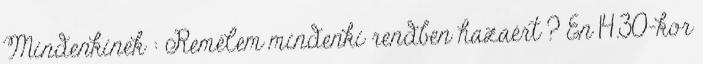
Mindenkinek : Remélem mindenki rendben hazaért ? Én 14.30-kor